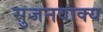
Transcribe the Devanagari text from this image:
सुजनवाक्य